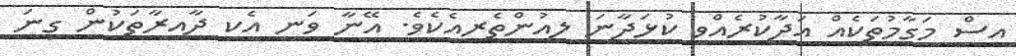
އިސް މަގާމުތަކެއް އަދާކުރެއްވީ ކުޅަދާނަ ލިއުންތެރިއެކެވެ. އޭނާ ވަނީ އެކި ދާއިރާތަކުން ގިނަ